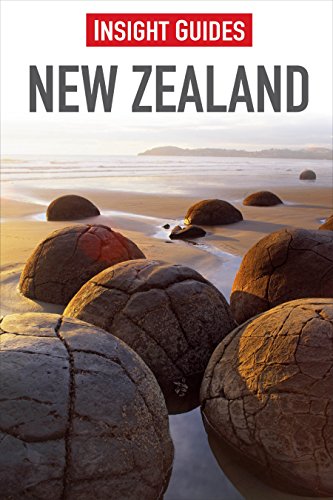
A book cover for New Zealand (Insight Guides); Donna Blaber; Travel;